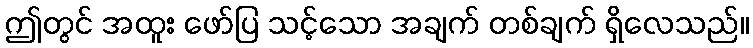
ဤတွင် အထူး ဖော်ပြ သင့်သော အချက် တစ်ချက် ရှိလေသည်။